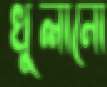
খুলানো